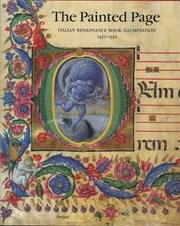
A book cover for The Painted Page: Italian Renaissance Book Illumination 1450-1550 (Art & Design); Arts & Photography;